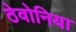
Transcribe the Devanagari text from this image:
ठेवोनिया